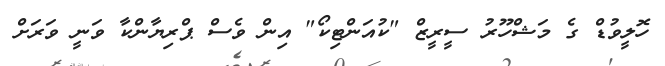
ހޮލީވުޑް ގެ މަޝްހޫރު ސީރީޒް "ކުއަންޓިކޯ" އިން ވެސް ޕްރިޔާންކާ ވަނީ ވަރަށް